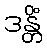
ဒန္တိံ